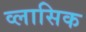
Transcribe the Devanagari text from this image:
व्लासिक